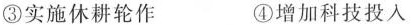
③实施休耕轮作 ④增加科技投入